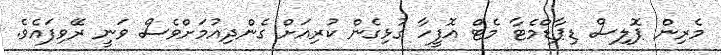
މެރިން ޕޮލިސް ޑިޕާޑްމެޓާ މެޓް އޮފީހާ ގުޅިގެން ކުރިއަށް ގެންދިއުމަށްވެސް ވަނީ ރޭވިފައެވެ.